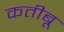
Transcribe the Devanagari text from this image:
कतीबू